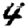
Digit: 4